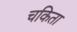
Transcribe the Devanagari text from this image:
चकिता